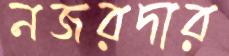
নজরদার